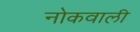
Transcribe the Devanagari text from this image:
नोकवाली